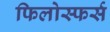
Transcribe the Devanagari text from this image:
फिलोस्फर्स